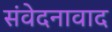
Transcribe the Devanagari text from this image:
संवेदनावाद